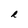
Character: R